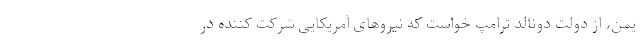
یمن، از دولت دونالد ترامپ خواست که نیروهای آمریکایی شرکت کننده در